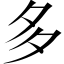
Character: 多